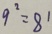
9 ^ { 2 } = 8 1